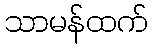
သာမန်ထက်